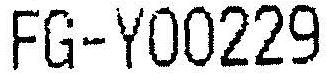
FG-Y00229